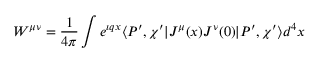
W ^ { \mu \nu } = \frac { 1 } { 4 \pi } \int e ^ { \imath q x } \langle P ^ { \prime } , \chi ^ { \prime } | J ^ { \mu } ( x ) J ^ { \nu } ( 0 ) | P ^ { \prime } , \chi ^ { \prime } \rangle d ^ { 4 } x